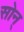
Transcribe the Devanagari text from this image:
सोन्